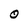
Character: O